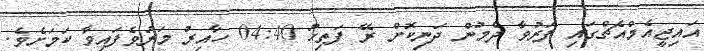
އައިޖީއެމްއެޗްގައި ފަރުވާ ދެމުން ދަނިކޮށް ރޭ ފަތިހު 04:40 ހާއިރު މަރުވެފައިވާ ކަަމަށެވެ.